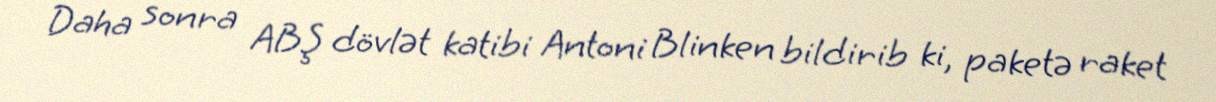
Daha sonra ABŞ dövlət katibi Antoni Blinken bildirib ki, paketə raket